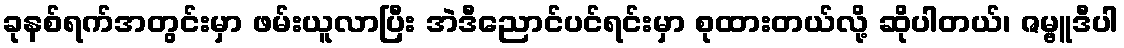
ခုနစ်ရက်အတွင်းမှာ ဖမ်းယူလာပြီး အဲဒီညောင်ပင်ရင်းမှာ စုထားတယ်လို့ ဆိုပါတယ်၊ ဇမ္ဗူဒီပါ